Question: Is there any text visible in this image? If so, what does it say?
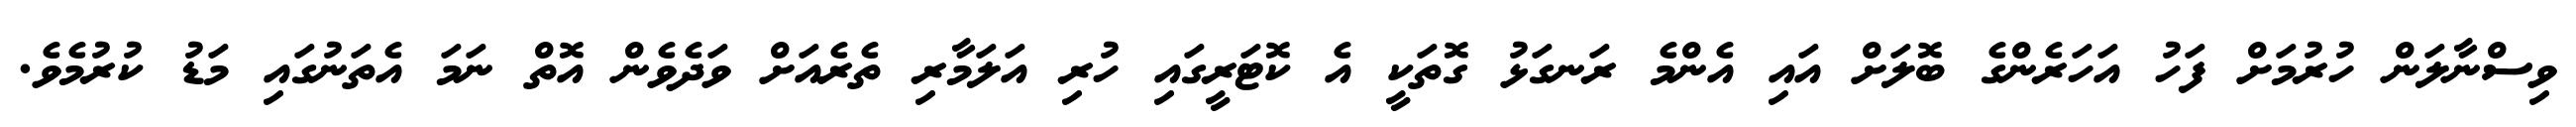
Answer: ވިސްނާލަން ހުރުމަށް ފަހު އަހަރެންގެ ބޮލަށް އައި އެންމެ ރަނގަޅު ގޮތަކީ އެ ކޮޓަރީގައި ހުރި އަލަމާރި ތެރެއަށް ވަދެވެން އޮތް ނަމަ އެތަނުގައި މަޑު ކުރުމެވެ.